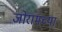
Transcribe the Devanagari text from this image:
जोरामच्या